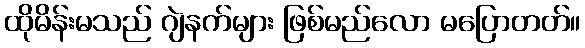
ထိုမိန်းမသည် ဂျဲနက်များ ဖြစ်မည်လော မပြောတတ်။